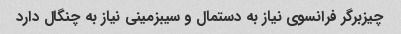
چیزبرگر فرانسوی نیاز به دستمال و سیبزمینی نیاز به چنگال دارد